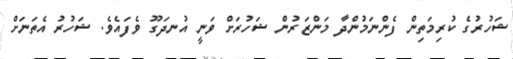
ޝަހުރުގެ ކުރިމަތިން ފެންނަމުންދާ މަންޒަރުން ޝަހުރަށް ވަނީ އުނދަގޫ ވެފައެވެ. ޝަހުރު އެތަނަށް